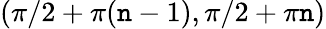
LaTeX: (\pi/2+\pi(\mathtt{n}-1),\pi/2+\pi\mathtt{n})